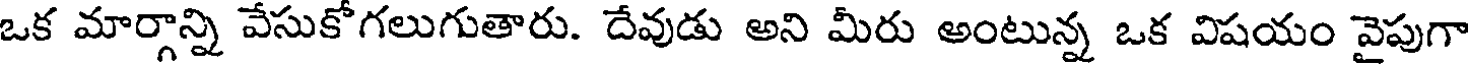
ఒక మార్గాన్ని వేసుకోగలుగుతారు. దేవుడు అని మీరు అంటున్న ఒక విషయం వైపుగా